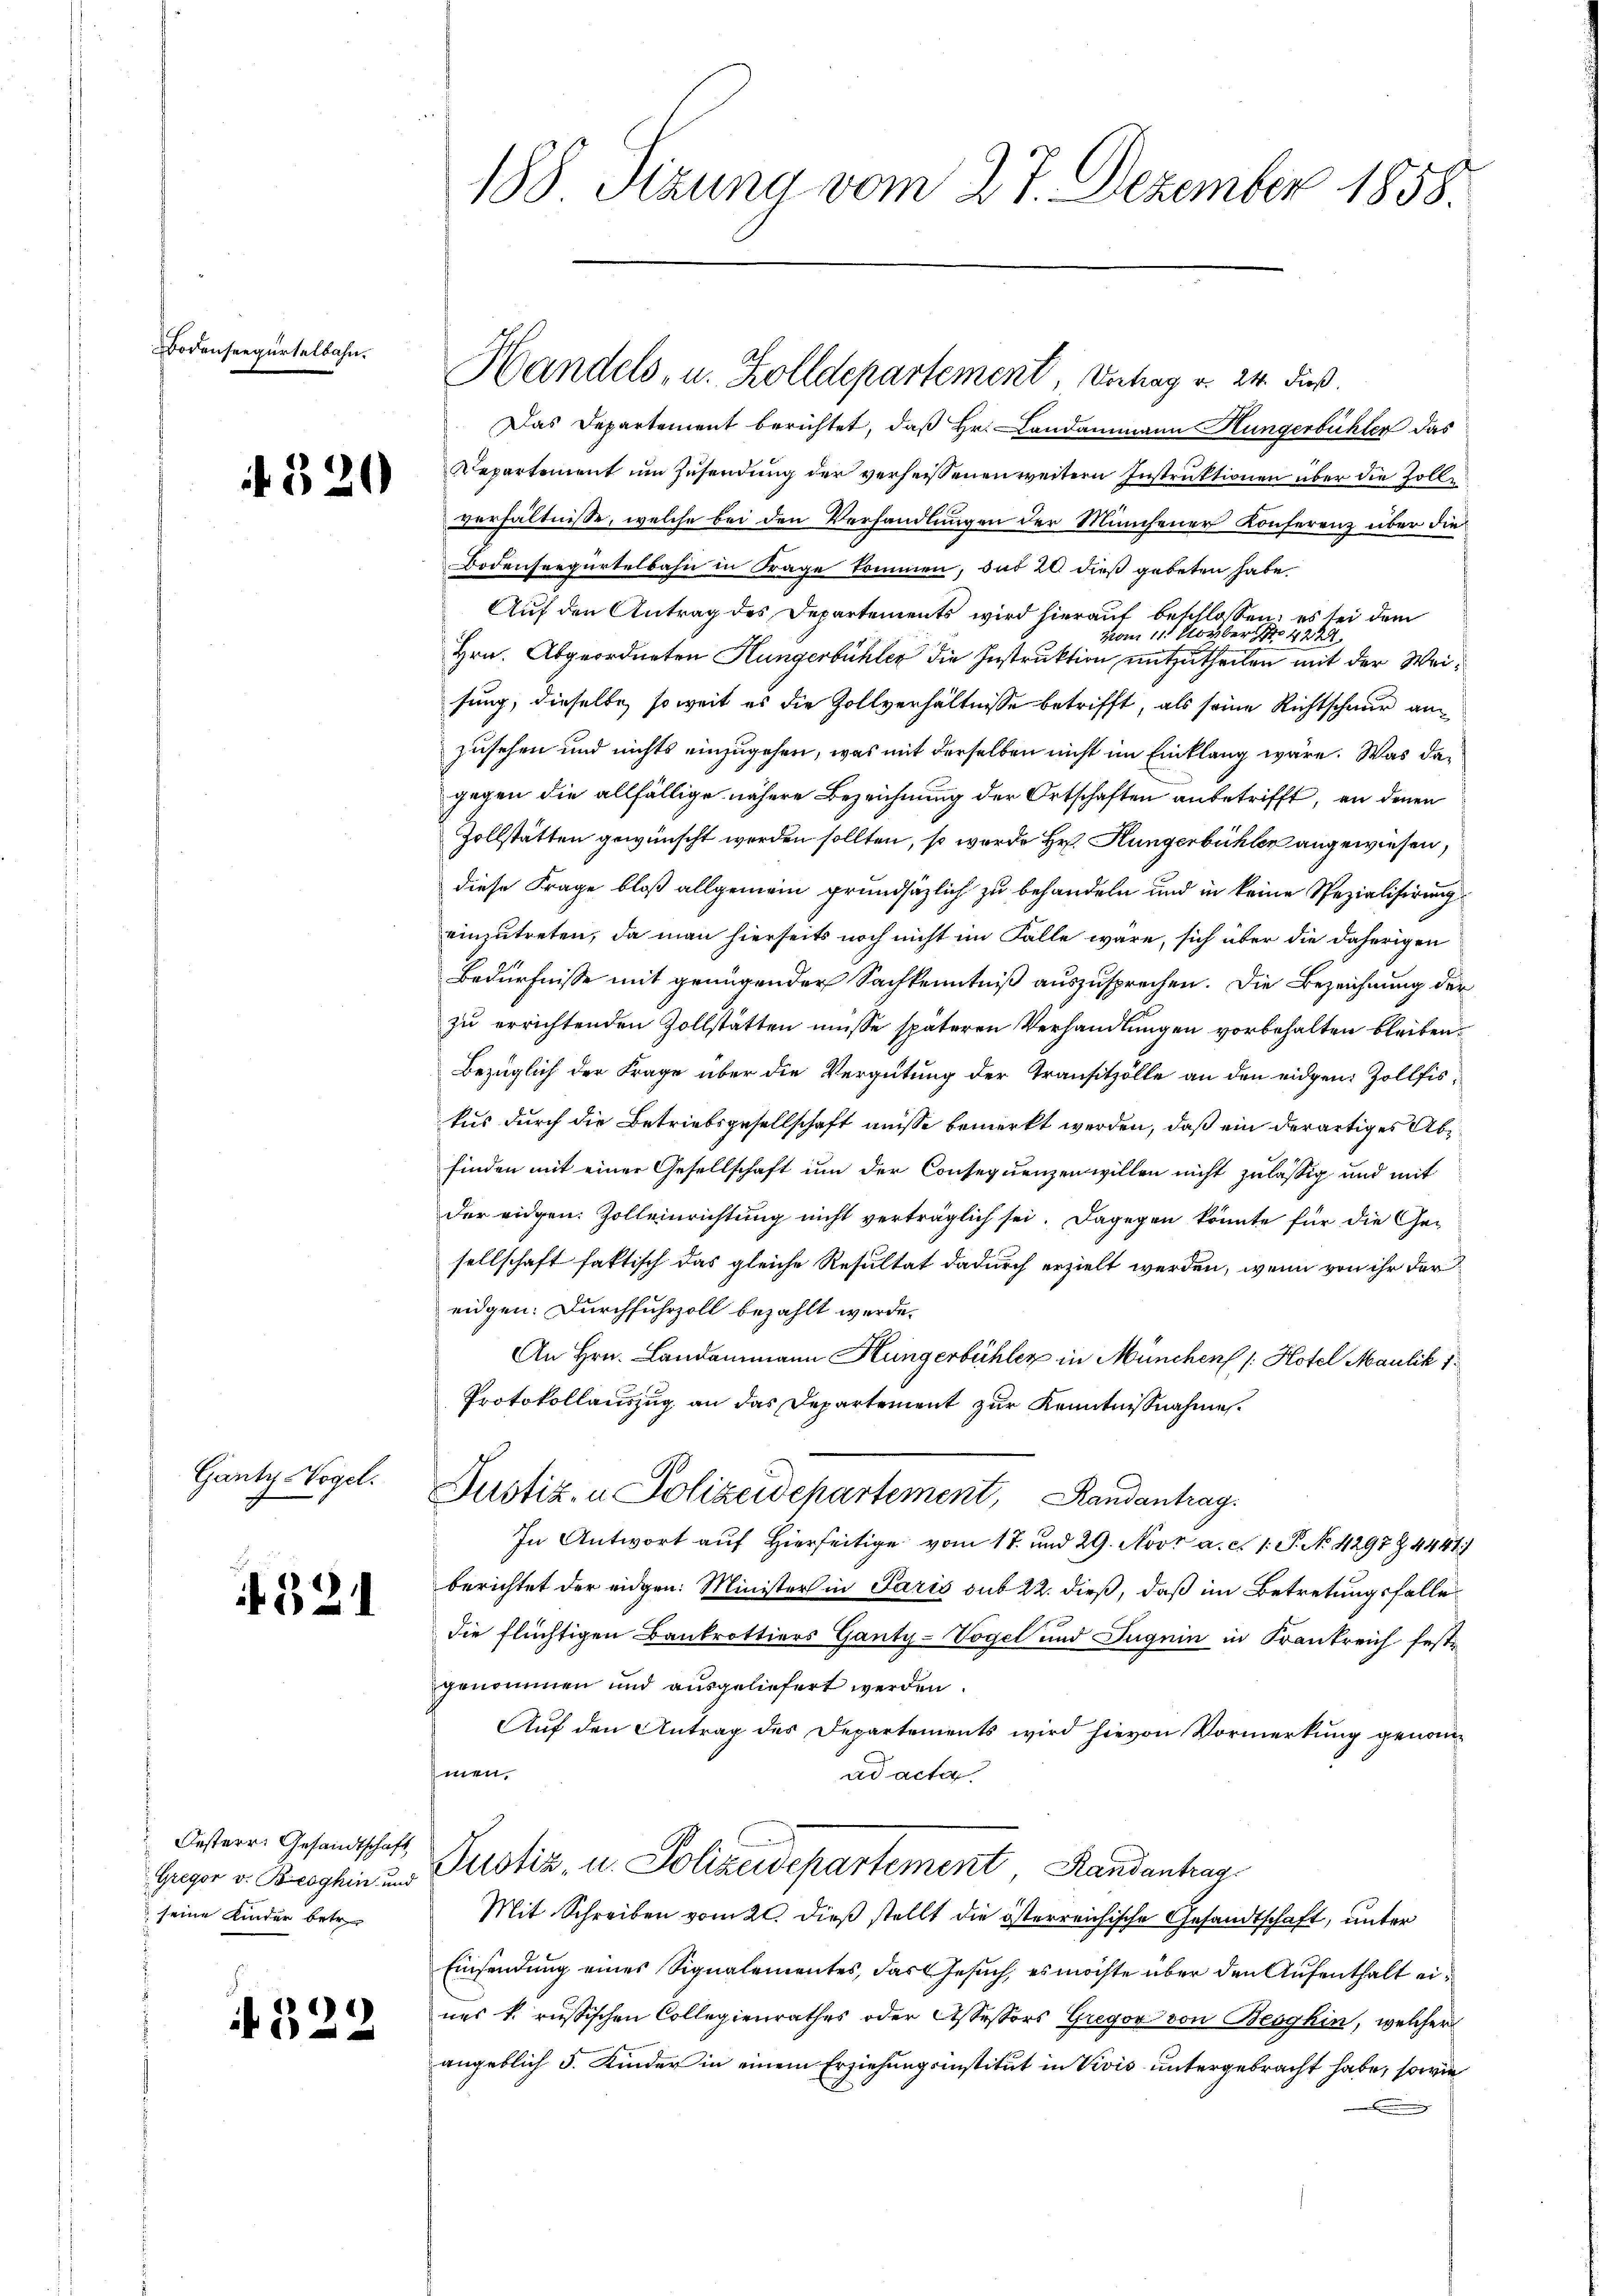
Bodenseegurtelbahn.

320

Gantz Vogel.

if. 321

Oesterr. Gesandtschaft,
seine Kinder betr

if. 52.

¬

188 Sizung vom 27. Dezember 1858.

Das Departement berichtet, daß Hr. Landammann Hungerbüchler das
Repartement um Zusendung der verheissenen weitern Instruktionen über die Zolle
verhältnisse, welche bei den Verhandlungen der Münchener Konferenz über die
Bodenseegürtelbahn in Frage kommen, das 20 dieß gebeten habe
Auf den Antrag des Departements wird hierauf beschlosen; es sei dem
vom 11. Novber 14224.
Hrn. Abgeordneten Hungerbühler die Instruktion mitzutheilen mit der Weisung, dieselbe, soweit es die Zollverhältnisse betrifft, als seine Richtschnur an
zusehen und nichts einzugehen, was mit derselben nicht im Einklang wäre. Was dagegen die allfällige nähere Bezeichnung der Ortschaften anbetrifft, an denen
Zollstätten gewünscht werden sollten, so wurde Hr. Hungerbühler angewiesen,
diese Frage bloß allgemein grundsätzlich zu behandeln und in keine Spezialisirung
einzutreten, da man hierseits noch nicht im Falle wäre, sich über die daherigen
Bedürfnisse mit genügender Sachkenntniß auszusprechen. Die Bezeichnung der
zu errichtenden Zollstätten müsse späteren Verhandlungen vorbehalten bleiben.
Bezüglich der Frage über die Vergütung der Transitzölle an den eidgen. Zollfiskus durch die Betriebsgesellschaft ausse bemerkt werden, daß ein derartiges Abfinden mit einer Gesellschaft um der Consequenzen willen nicht zulässig und mit
der eidgen. Zolleinrichtung nicht verträglich sei. Dagegen könnte für die Ge-
sellschaft faktisch das gleiche Resultat dadurch erzielt werden, wenn von ihr der
eidgen. Durchfuhrzoll bezahlt werde.
An Hrn. Landammann Hungerbühler in München /: Hotel Maulik 1
Protokollauszug an das Departement zur Kenntnißnahme.
Justiz- u Polizeidepartement, Randantrag.
In Antwort auf Hierseitige vom 17. und 29. Nov. a. c. 1. P. No 1297 § 4441)
berichtet der eigen. Minister in Paris sub 22. dieß, daß im Betretungsfalle
die flüchtigen Bankrottiers Ganty-Vogel und Juguin in Frankreich festgenommen und ausgeliefert werden.
Auf den Antrag des Departements wird hievon Vormerkung genom
hmen.
ad acta
Gegen u. Broghin an Pustiz- u. Polizeidepartement Randantrag
Mit Schreiben vom 20. dieß stellt die österreichische Gesandtschaft, unter
Einsendung eines Signalementes, das Gesuch, es möchte über den Aufenthalt eines k. russischen Collegienrathes oder Assessors Gregor von Beoghin, welcher
angeblich 5 Kinder in einem Erziehungsinstitut in Vivis untergebracht habe, sowie
.

Handels- u. Zolldepartement, Vertrag v. 24. dieß.